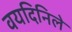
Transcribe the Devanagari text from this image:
वयदिनिले